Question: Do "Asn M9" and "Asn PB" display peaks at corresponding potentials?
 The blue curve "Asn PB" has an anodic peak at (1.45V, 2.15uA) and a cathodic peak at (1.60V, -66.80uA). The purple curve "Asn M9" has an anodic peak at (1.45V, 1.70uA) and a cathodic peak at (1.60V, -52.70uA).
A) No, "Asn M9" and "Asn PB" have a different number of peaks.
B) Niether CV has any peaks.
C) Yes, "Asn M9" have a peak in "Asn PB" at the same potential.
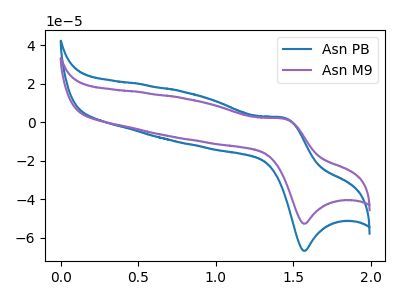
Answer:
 <answer>C) Yes, "Asn M9" have a peak in "Asn PB" at the same potential.</answer>
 <eval>C</eval>